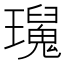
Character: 𤫅